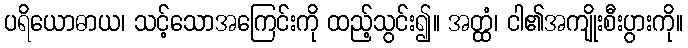
ပရိယောဓာယ၊ သင့်သောအကြေင်းကို ထည့်သွင်း၍။ အတ္ထံ၊ ငါ၏အကျိုးစီးပွားကို။